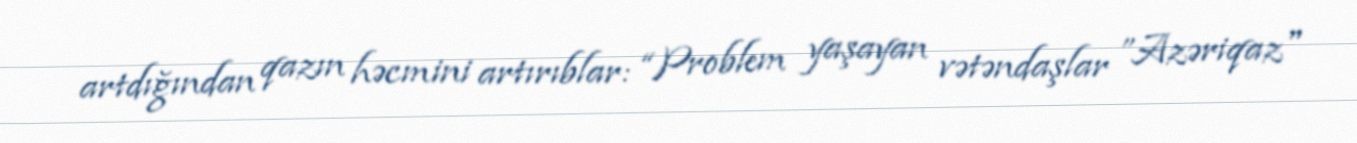
artdığından qazın həcmini artırıblar: “Problem yaşayan vətəndaşlar ”Azəriqaz"